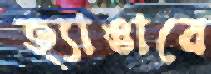
হ্যাঙারে